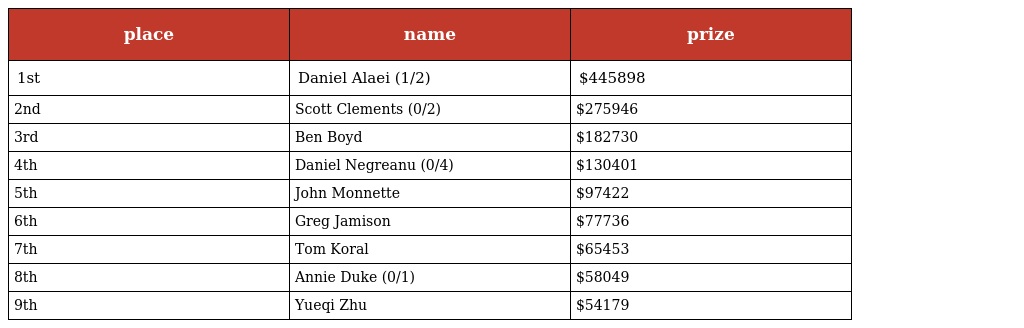
| place | name | prize |
 | --- | --- | --- |
 | 1st | Daniel Alaei (1/2) | $445898 |
 | 2nd | Scott Clements (0/2) | $275946 |
 | 3rd | Ben Boyd | $182730 |
 | 4th | Daniel Negreanu (0/4) | $130401 |
 | 5th | John Monnette | $97422 |
 | 6th | Greg Jamison | $77736 |
 | 7th | Tom Koral | $65453 |
 | 8th | Annie Duke (0/1) | $58049 |
 | 9th | Yueqi Zhu | $54179 |